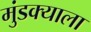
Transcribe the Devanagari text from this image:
मुंडक्याला